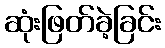
ဆုံးဖြတ်ခဲ့ခြင်း